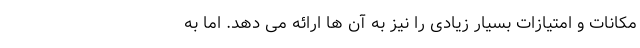
مکانات و امتیازات بسیار زیادی را نیز به آن ها ارائه می دهد. اما به